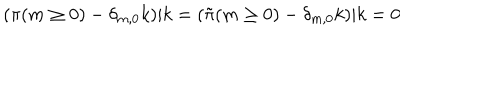
( \pi ( m \ge 0 ) - \delta _ { m , 0 } k ) | k = ( { \tilde { \pi } } ( m \ge 0 ) - \delta _ { m , 0 } k ) | k = 0